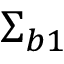
{ \upSigma } _ { b 1 }